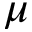
\mu